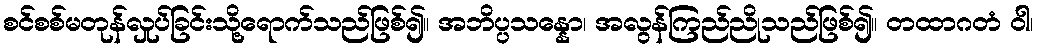
စင်စစ်မတုန်လှုပ်ခြင်းသို့ရောက်သည်ဖြစ်၍။ အဘိပ္ပသန္နော၊ အလွန်ကြည်ညိုသည်ဖြစ်၍။ တထာဂတံ ဝါ၊